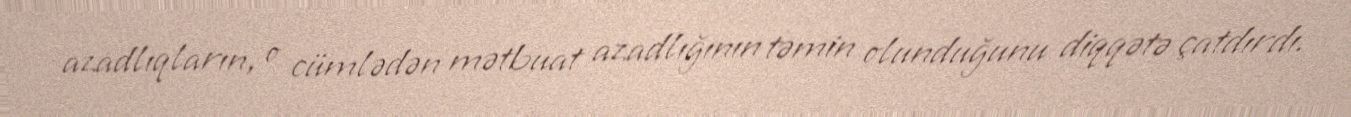
azadlıqların, o cümlədən mətbuat azadlığının təmin olunduğunu diqqətə çatdırdı.